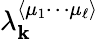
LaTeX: \lambda_{\mathbf{k}}^{\langle\mu_{1}\cdots\mu_{\ell}\rangle}